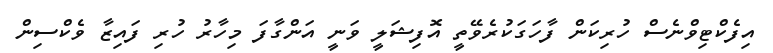
އިފެކްޓިވްނެސް ހުރިކަން ފާހަގަކުރެވޭތީ އޮފިޝަލީ ވަނީ އަންގާފަ މިހާރު ހުރި ފައިޒާ ވެކްސިން